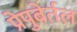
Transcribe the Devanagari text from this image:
प्रेपुबेर्तल